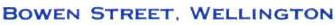
BOWEN STREET. WELLINGTON